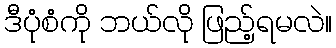
ဒီပုံစံကို ဘယ်လို ဖြည့်ရမလဲ။